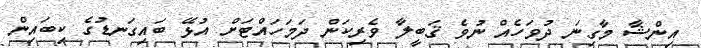
އިންޝާ މާގިނަ ދުވަހެއް ނުވެ ޤަބީލާ ވެރިކަން ދަމަހައްޓަށް އުޅޭ ބައިގަނޑުގެ ކިބައިން